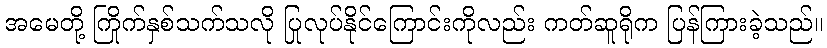
အမေတို့ ကြိုက်နှစ်သက်သလို ပြုလုပ်နိုင်ကြောင်းကိုလည်း ကတ်ဆူရိုက ပြန်ကြားခဲ့သည်။